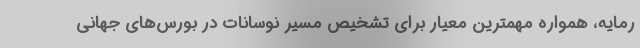
رمایه، همواره مهمترین معیار برای تشخیص مسیر نوسانات در بورس‌های جهانی